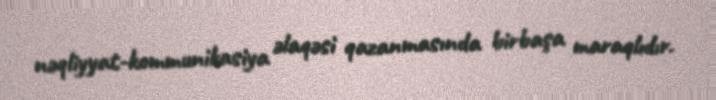
nəqliyyat-kommunikasiya əlaqəsi qazanmasında birbaşa maraqlıdır.